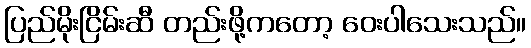
ပြည်မိုးငြိမ်းဆီ တည်းဖို့ကတော့ ဝေးပါသေးသည်။